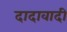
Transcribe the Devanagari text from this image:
दादावादी